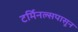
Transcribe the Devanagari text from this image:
टर्मिनल्सपासून